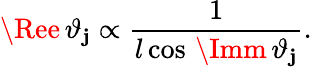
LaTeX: \Ree\, \vartheta_{\mathbf{j}}\propto\frac{{1}}{{l\cos\, \Imm\, \vartheta_{\mathbf{j}}}}.